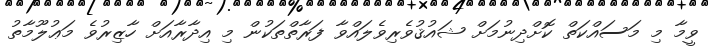
ވީމާ މި މަސައްކަތް ކޮށްދިނުމަށް ޝައުޤުވެރިވެލައްވާ ފަރާތްތަކުން މި އިދާރާއަށް ހާޒިރުވެ މަޢުލޫމާތު